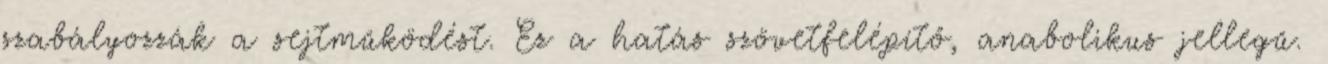
szabályozzák a sejtműködést. Ez a hatás szövetfelépítő, anabolikus jellegű.